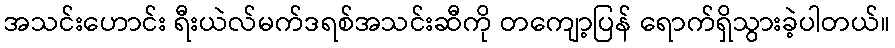
အသင်းဟောင်း ရီးယဲလ်မက်ဒရစ်အသင်းဆီကို တကျော့ပြန် ရောက်ရှိသွားခဲ့ပါတယ်။